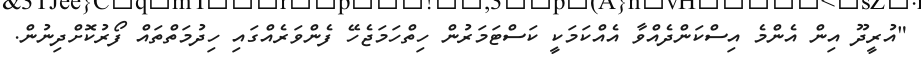
"އުރީދޫ އިން އެންމެ އިސްކަންދެއްވާ އެއްކަމަކީ ކަސްޓަމަރުން ހިތްހަމަޖެހޭ ފެންވަރެއްގައި ހިދުމަތްތައް ފޯރުކޮށްދިނުން.